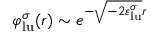
\varphi _ { \mathrm { l u } } ^ { \sigma } ( r ) \sim e ^ { - \sqrt { - 2 \varepsilon _ { \mathrm { l u } } ^ { \sigma } } r }